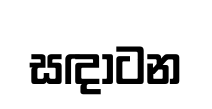
සඳාටන